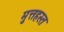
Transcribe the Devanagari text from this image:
मुत्तहस्त